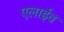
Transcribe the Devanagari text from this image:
एलाईव